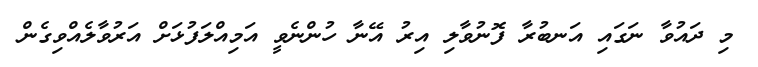
މި ދައުވާ ނަގައި އަނބުރާ ފޮނުވާލި އިރު އޭނާ ހުންނެވީ އަމިއްލަފުޅަށް އަރުވާލެއްވިގެން